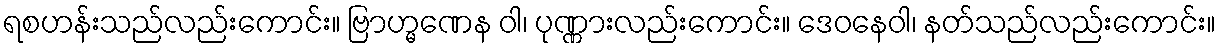
ရစဟန်းသည်လည်းကောင်း။ ဗြာဟ္မဏေန ဝါ၊ ပုဏ္ဏားလည်းကောင်း။ ဒေဝနေဝါ၊ နတ်သည်လည်းကောင်း။